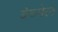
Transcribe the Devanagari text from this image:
बेच्मेल